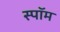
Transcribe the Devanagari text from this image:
स्पॉम